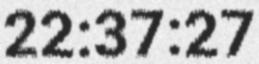
22:37:27